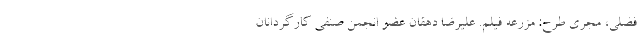
فضلی، مجری طرح: مزرعه فیلم. علیرضا دهقان عضو انجمن صنفی کارگردانان